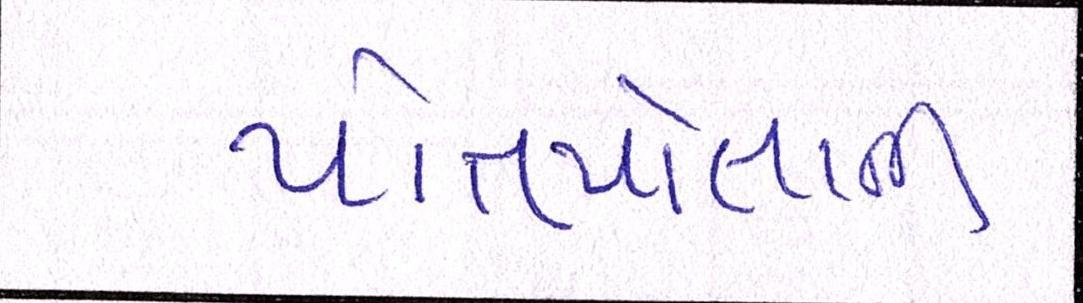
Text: પોતપોતાની